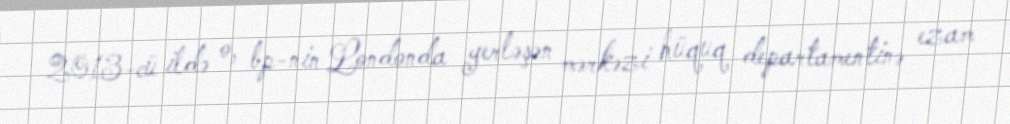
2013-cü ildə o, bp-nin Londonda yerləşən mərkəzi hüquq departamentinə ezam